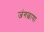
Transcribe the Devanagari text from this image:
जंगछाया